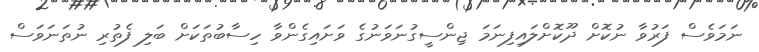
ނަމަވެސް ފަރުވާ ނުކޮށް ދޫކޮށްލައިފިނަމަ ޖިންސީގުނަވަނުގެ ވަށައިގެންވާ ހިސާބުތަކަށް ބަލި ފެތުރި ނުތަނަވަސް